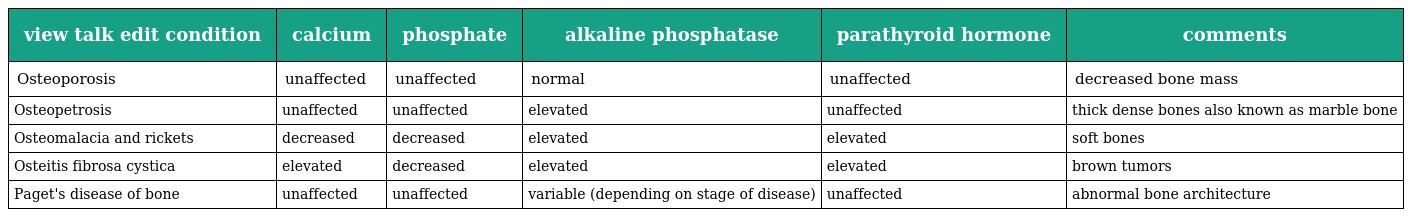
| view talk edit condition | calcium | phosphate | alkaline phosphatase | parathyroid hormone | comments |
 | --- | --- | --- | --- | --- | --- |
 | Osteoporosis | unaffected | unaffected | normal | unaffected | decreased bone mass |
 | Osteopetrosis | unaffected | unaffected | elevated | unaffected | thick dense bones also known as marble bone |
 | Osteomalacia and rickets | decreased | decreased | elevated | elevated | soft bones |
 | Osteitis fibrosa cystica | elevated | decreased | elevated | elevated | brown tumors |
 | Paget's disease of bone | unaffected | unaffected | variable (depending on stage of disease) | unaffected | abnormal bone architecture |